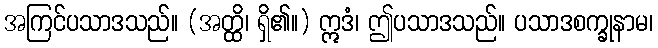
အကြင်ပသာဒသည်။ (အတ္ထိ၊ ရှိ၏။) ဣဒံ၊ ဤပသာဒသည်။ ပသာဒစက္ခုနာမ၊